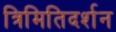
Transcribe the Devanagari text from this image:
त्रिमितिदर्शन